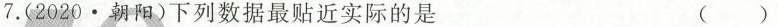
7.(2020.朝阳)下列数据最贴近实际的是 (